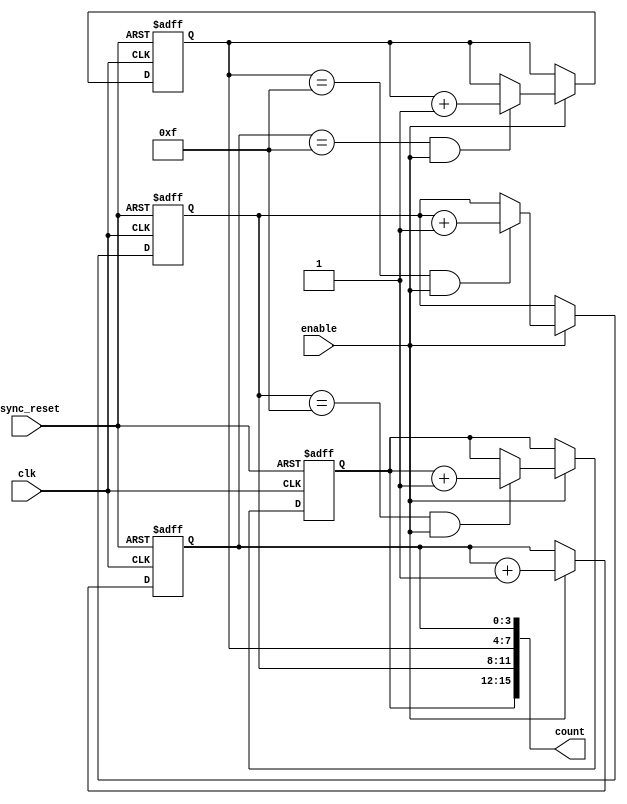
module cascaded_counter #(
    parameter STAGE_WIDTH = 4, // Number of bits in each stage
    parameter NUM_STAGES = 4   // Number of stages
) (
    input wire clk,               // Clock input
    input wire async_reset,       // Asynchronous reset
    input wire enable,            // Enable signal
    output reg [(NUM_STAGES * STAGE_WIDTH) - 1 : 0] count // Count output
);

    // Internal carry signal for each stage
    wire [NUM_STAGES - 1 : 0] carry;

    // Generate stages
    genvar i;
    generate 
        for (i = 0; i < NUM_STAGES; i = i + 1) begin : stage
            // Register to hold the count for the current stage
            reg [STAGE_WIDTH - 1 : 0] stage_reg;

            always @(posedge clk or posedge async_reset) begin
                if (async_reset) begin
                    stage_reg <= 0; // Reset stage to 0
                end else if (enable) begin
                    if (i == 0) begin
                        // Least significant stage increments by 1
                        stage_reg <= stage_reg + 1;
                    end else begin
                        // Higher stages increment based on carry from lower stage
                        if (carry[i - 1]) begin
                            stage_reg <= stage_reg + 1;
                        end
                    end
                end
            end

            // Assign stage register to count output
            assign count[(i + 1) * STAGE_WIDTH - 1 : i * STAGE_WIDTH] = stage_reg;

            // Carry generation logic
            assign carry[i] = (stage_reg == {STAGE_WIDTH{1'b1}}) && enable; // Carry if stage reg overflows
        end
    endgenerate

endmodule